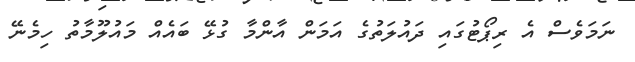
ނަމަވެސް އެ ރިޕޯޓުގައި ދައުލަތުގެ އަމަން އާންމާ ގުޅޭ ބައެއް މައުލޫމާތު ހިމެނޭ